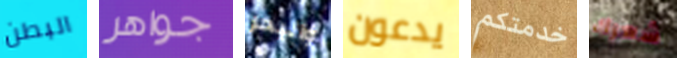
البطن جواهر والبحر يدعون خدمتكم شعرك